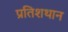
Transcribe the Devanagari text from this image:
प्रतिशथान